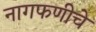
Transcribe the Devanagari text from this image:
नागफणीचे